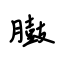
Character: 臌